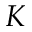
K